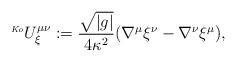
LaTeX: \begin{align*}\ ^{\mbox{\tiny \it Ko}}U_{\xi}^{\mu \nu }:=\frac{\sqrt{\left|g\right|}}{4 \kappa ^{2}} (\nabla^{\mu} \xi^{\nu}-\nabla^{\nu}\xi^{\mu}),\end{align*}